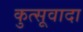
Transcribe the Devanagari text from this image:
कुत्सूवादा